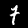
Label: 7